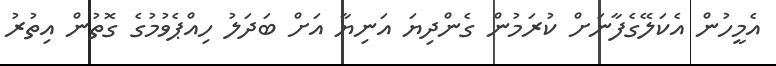
އެމީހުން އެކަލޭގެފާނަށް ކުރަމުން ގެންދިޔަ އަނިޔާ އަށް ބަދަލު ހިއްޕެވުމުގެ ގޮތުން އިތުރު